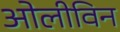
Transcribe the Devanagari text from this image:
ओलीविन